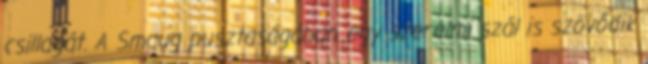
csillagát. A Smaug pusztaságában egy szerelmi szál is szövődik